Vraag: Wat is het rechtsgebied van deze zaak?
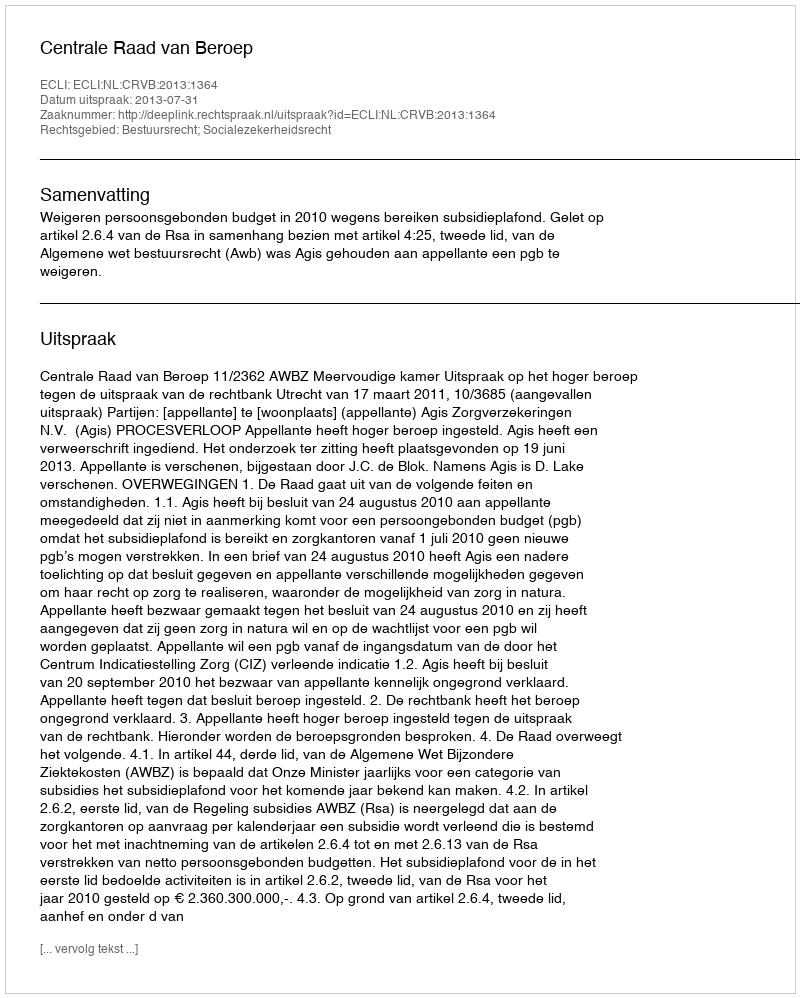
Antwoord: Bestuursrecht; Socialezekerheidsrecht